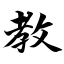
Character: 教